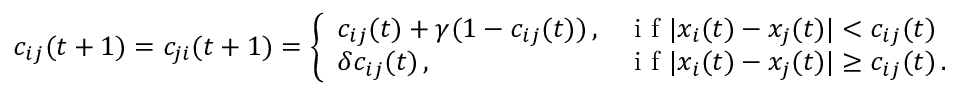
c _ { i j } ( t + 1 ) = c _ { j i } ( t + 1 ) = \left\{ \begin{array} { l l } { c _ { i j } ( t ) + \gamma ( 1 - c _ { i j } ( t ) ) \, , } & { \mathrm { ~ i ~ f ~ } | x _ { i } ( t ) - x _ { j } ( t ) | < c _ { i j } ( t ) } \\ { \delta c _ { i j } ( t ) \, , } & { \mathrm { ~ i ~ f ~ } | x _ { i } ( t ) - x _ { j } ( t ) | \geq c _ { i j } ( t ) \, . } \end{array} \right.